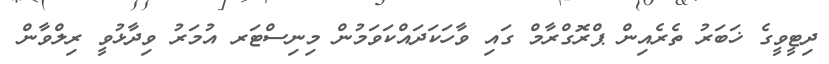
ދިޓީވީގެ ޚަބަރު ތެރެއިން ޕްރޮގްރާމް ގައި ވާހަކަދައްކަވަމުން މިނިސްޓަރ އުމަރު ވިދާޅުވީ ރިލްވާން